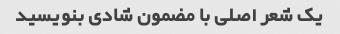
یک شعر اصلی با مضمون شادی بنویسید